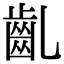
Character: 齓